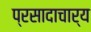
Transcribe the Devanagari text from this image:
प्रसादाचार्य